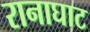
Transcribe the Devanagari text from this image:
रानाघाट